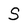
Character: S